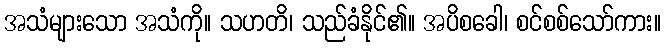
အသံများသော အသံကို။ သဟတိ၊ သည်ခံနိုင်၏။ အပိစခေါ၊ စင်စစ်သော်ကား။